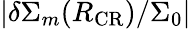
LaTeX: \vert\delta\Sigma_{m}(R_{\mathrm{CR}})/\Sigma_{0}\vert